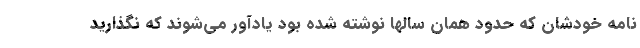
نامه خودشان که حدود همان سالها نوشته شده بود یادآور می‌شوند که نگذارید